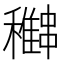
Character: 𥣽